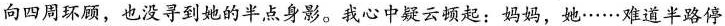
向四周环顾，也没寻到她的半点身影。我心中疑云顿起：妈妈，地……难道半路停